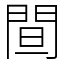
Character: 䦔